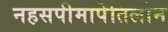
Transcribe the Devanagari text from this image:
नहसपीमापेतिलोन